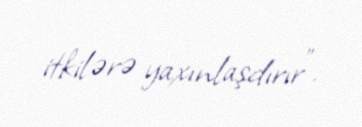
itkilərə yaxınlaşdırır".